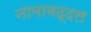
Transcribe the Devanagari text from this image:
नामाबद्दल